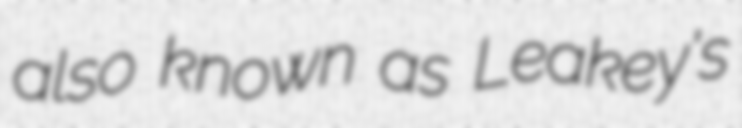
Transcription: also known as Leakey's